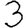
Digit: 3